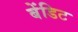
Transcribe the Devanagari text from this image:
बेंडिट